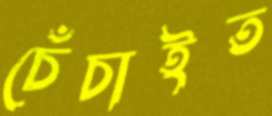
চেঁচাইত